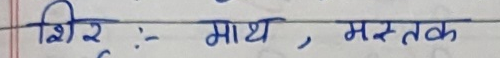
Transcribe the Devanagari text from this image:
शिर : माथ , मस्तक